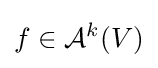
f\in {\mathcal {A}}^{k}(V)